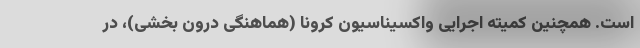
است. همچنین کمیته اجرایی واکسیناسیون کرونا (هماهنگی درون بخشی)، در